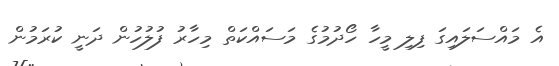
އެ މަައްސަލައިގަ ފިލި މީހާ ހޯދުމުގެ މަސައްކަތް މިހާރު ފުލުހުން ދަނީ ކުރަމުން